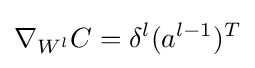
\nabla _{W^{l}}C=\delta ^{l}(a^{l-1})^{T}